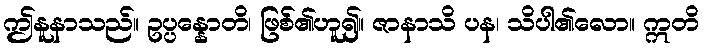
ဤနူနာသည်။ ဥပ္ပန္နောတိ၊ ဖြစ်၏ဟူ၍။ ဇာနာသိ ပန၊ သိပါ၏လော။ ဣတိ